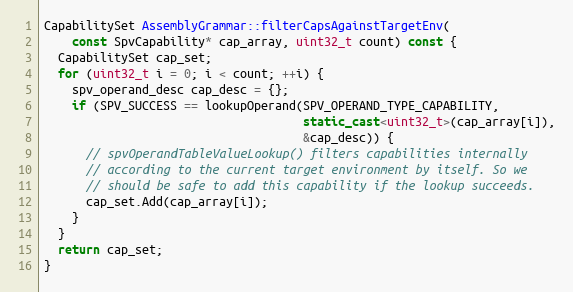
Language: C++
CapabilitySet AssemblyGrammar::filterCapsAgainstTargetEnv(
    const SpvCapability* cap_array, uint32_t count) const {
  CapabilitySet cap_set;
  for (uint32_t i = 0; i < count; ++i) {
    spv_operand_desc cap_desc = {};
    if (SPV_SUCCESS == lookupOperand(SPV_OPERAND_TYPE_CAPABILITY,
                                     static_cast<uint32_t>(cap_array[i]),
                                     &cap_desc)) {
      // spvOperandTableValueLookup() filters capabilities internally
      // according to the current target environment by itself. So we
      // should be safe to add this capability if the lookup succeeds.
      cap_set.Add(cap_array[i]);
    }
  }
  return cap_set;
}